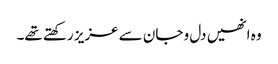
وہ انھیں دل و جان سے عزیز رکھتے تھے۔